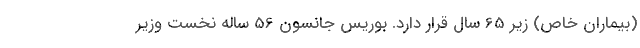
(بیماران خاص) زیر 65 سال قرار دارد. بوریس جانسون 56 ساله نخست وزیر